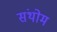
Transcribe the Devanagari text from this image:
संथोम